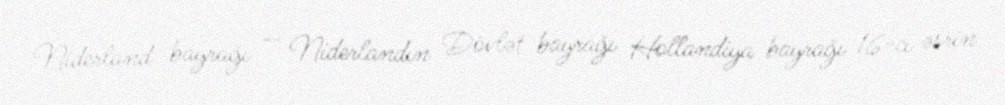
Niderland bayrağı — Niderlandın Dövlət bayrağı Hollandiya bayrağı 16-cı əsrin